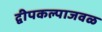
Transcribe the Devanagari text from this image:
द्वीपकल्पाजवळ